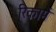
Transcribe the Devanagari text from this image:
रिकामें